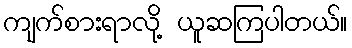
ကျက်စားရာလို့ ယူဆကြပါတယ်။